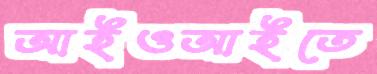
আইওআইতে